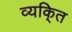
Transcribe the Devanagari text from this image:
व्यकि्‌त